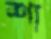
শা